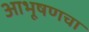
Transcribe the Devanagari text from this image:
आभूषणचा